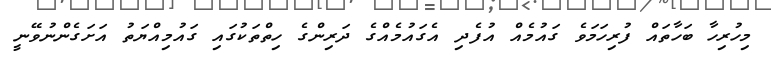
މިހުރިހާ ބަހާތައް ފުރިހަމަވެ ގައުމެއް އުފެދި އެގައުމެއްގެ ދަރިންގެ ހިތްތަކުގައި ގައުމިއްޔަތު އަށަގެންނުވޭނީ